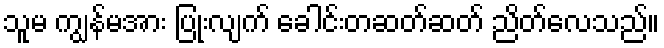
သူမ ကျွန်မအား ပြုံးလျက် ခေါင်းတဆတ်ဆတ် ညိတ်လေသည်။